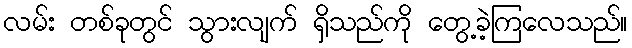
လမ်း တစ်ခုတွင် သွားလျက် ရှိသည်ကို တွေ့ခဲ့ကြလေသည်။